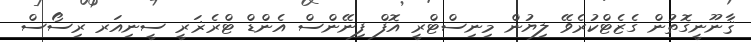
ޤާނޫނީގޮތުން ގެޒެޓްކުރެވޭ ލިޔުން މިނިސްޓްރީ އޮފް ފިނޭންސް އެންޑް ޓްރެޜަރީ ސީނިއަރ ރިސޯސް